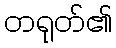
တရုတ်၏